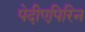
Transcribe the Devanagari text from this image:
पेदीएपिरिन